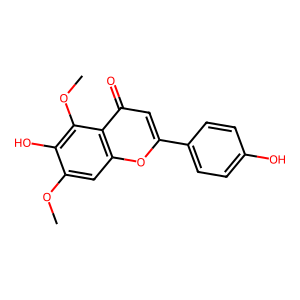
SMILES: COc1cc2oc(-c3ccc(O)cc3)cc(=O)c2c(OC)c1O
Inhibits HIV replication: No